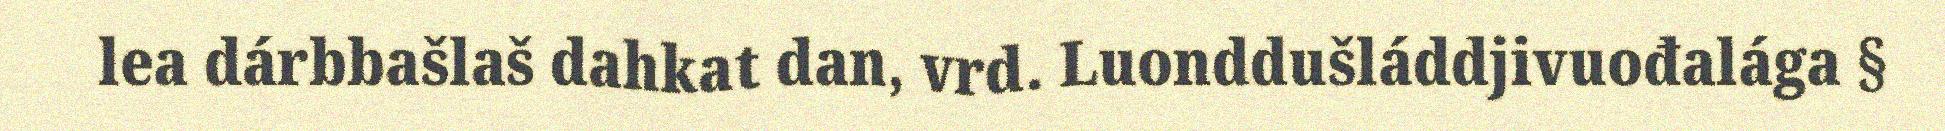
lea dárbbašlaš dahkat dan, vrd. Luonddušláddjivuođalága §